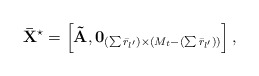
\begin{align*} {{\bf{\bar X}}^{\star}} = \left[ {{\bf{\tilde A}},{{\bf{0}}_{(\sum {{{\bar r}_{l'}}} ) \times ({M_t} - (\sum {{{\bar r}_{l'}}} ))}}} \right], \end{align*}